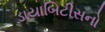
ડાયાબિટીસનો